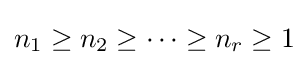
n_{1}\geq n_{2}\geq \cdots \geq n_{r}\geq 1